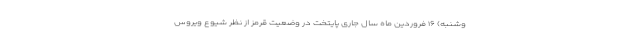
وشنبه) ۱۶ فروردین ماه سال جاری پایتخت در وضعیت قرمز از نظر شیوع ویروس